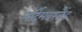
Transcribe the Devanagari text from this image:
नॉर्दमबरलैंड